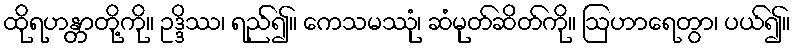
ထိုရဟန္တာတို့ကို။ ဥဒ္ဒိဿ၊ ရည်၍။ ကေသမဿုံ၊ ဆံမုတ်ဆိတ်ကို။ ဩဟာရေတွာ၊ ပယ်၍။